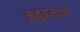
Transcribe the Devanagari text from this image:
ऋतूंप्रमाणे